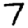
Digit: 7